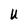
Character: U